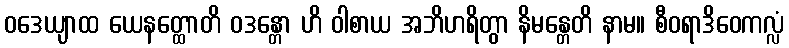
ဝဒေယျာထ ယေနတ္ထောတိ ဝဒန္တော ဟိ ဝါစာယ အဘိဟရိတွာ နိမန္တေတိ နာမ။ စီဝရာဒိဝေကလ္လံ